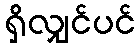
ရှိလျှင်ပင်